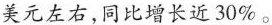
美元左右,同比增长近30\%